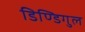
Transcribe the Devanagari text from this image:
डिण्डिगुल